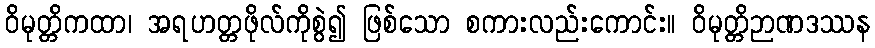
ဝိမုတ္တိကထာ၊ အရဟတ္တဖိုလ်ကိုစွဲ၍ ဖြစ်သော စကားလည်းကောင်း။ ဝိမုတ္တိဉာဏဒဿန